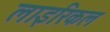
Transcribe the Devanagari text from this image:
लाइरिकल